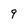
Character: 9